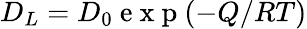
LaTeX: {{D}_{L}}={{D}_{0}}\mathrm{~e~x~p~}(-Q/RT)